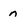
Character: n